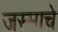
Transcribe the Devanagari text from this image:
जस्माचे